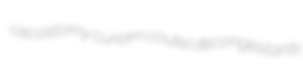
cecostomy curiam coutel decongestants